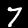
Label: 7